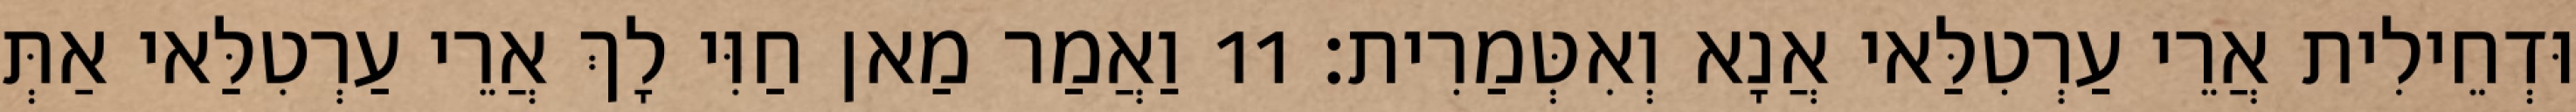
וּדְחֵילִית אֲרֵי עַרְטִלַּאי אֲנָא וְאִטְּמַרִית׃ 11 וַאֲמַר מַאן חַוִּי לָךְ אֲרֵי עַרְטִלַּאי אַתְּ